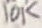
Text: 10K